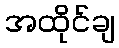
အထိုင်ချ